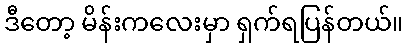
ဒီတော့ မိန်းကလေးမှာ ရှက်ရပြန်တယ်။